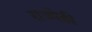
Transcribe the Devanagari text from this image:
राज्येही